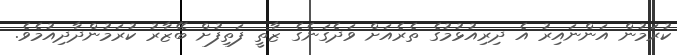
ކުރަމުން އަންނައިރު އެ ދިރިއުޅުމުގެ ތެރެއަށް ވަދެގަނެގެ ޒާތީ ފަތިފުށް ބޭޒާރު ކުރަމުންދާދިއުމެވެ.